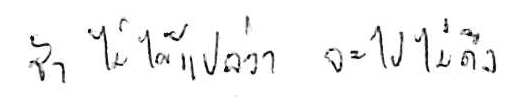
ช้า ไม่ได้แปลว่า จะไปไม่ถึง